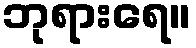
ဘုရားရေ။